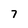
Character: 7